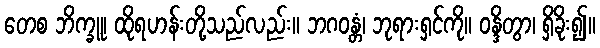
တေစ ဘိက္ခူ၊ ထိုရဟန်းတို့သည်လည်း။ ဘဂဝန္တံ၊ ဘုရားရှင်ကို။ ဝန္ဒိတွာ၊ ရှိခိုး၍။